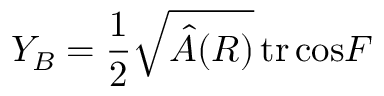
Y _ { B } = { \frac { 1 } { 2 } } \sqrt { \hat { A } ( R ) } \, \mathrm { t r } \, \mathrm { c o s } F